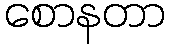
စောနတာ